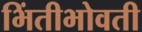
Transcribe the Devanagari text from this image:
भिंतीभोवती